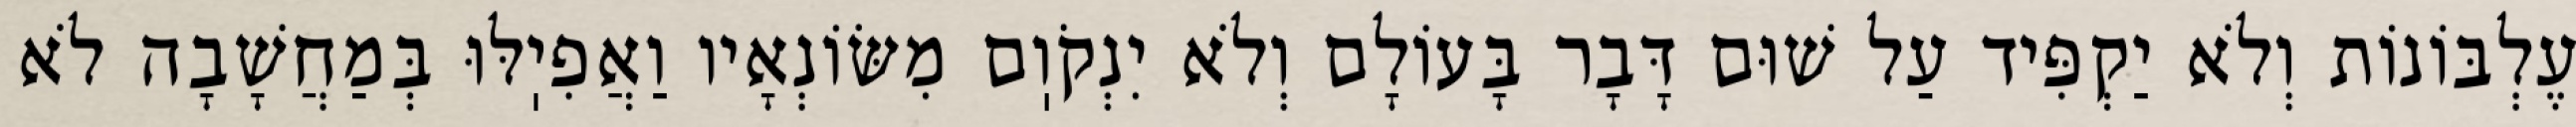
עֶלְבּוֹנוֹת וְלֹא יַקְפִּיד עַל שׁוּם דָּבָר בָּעוֹלָם וְלֹא יִנְקֹוֽם מִשּׂוֹנְאָיו וַאֲפִיֽלּוּ בְּמַחֲשָׁבָה לֹא